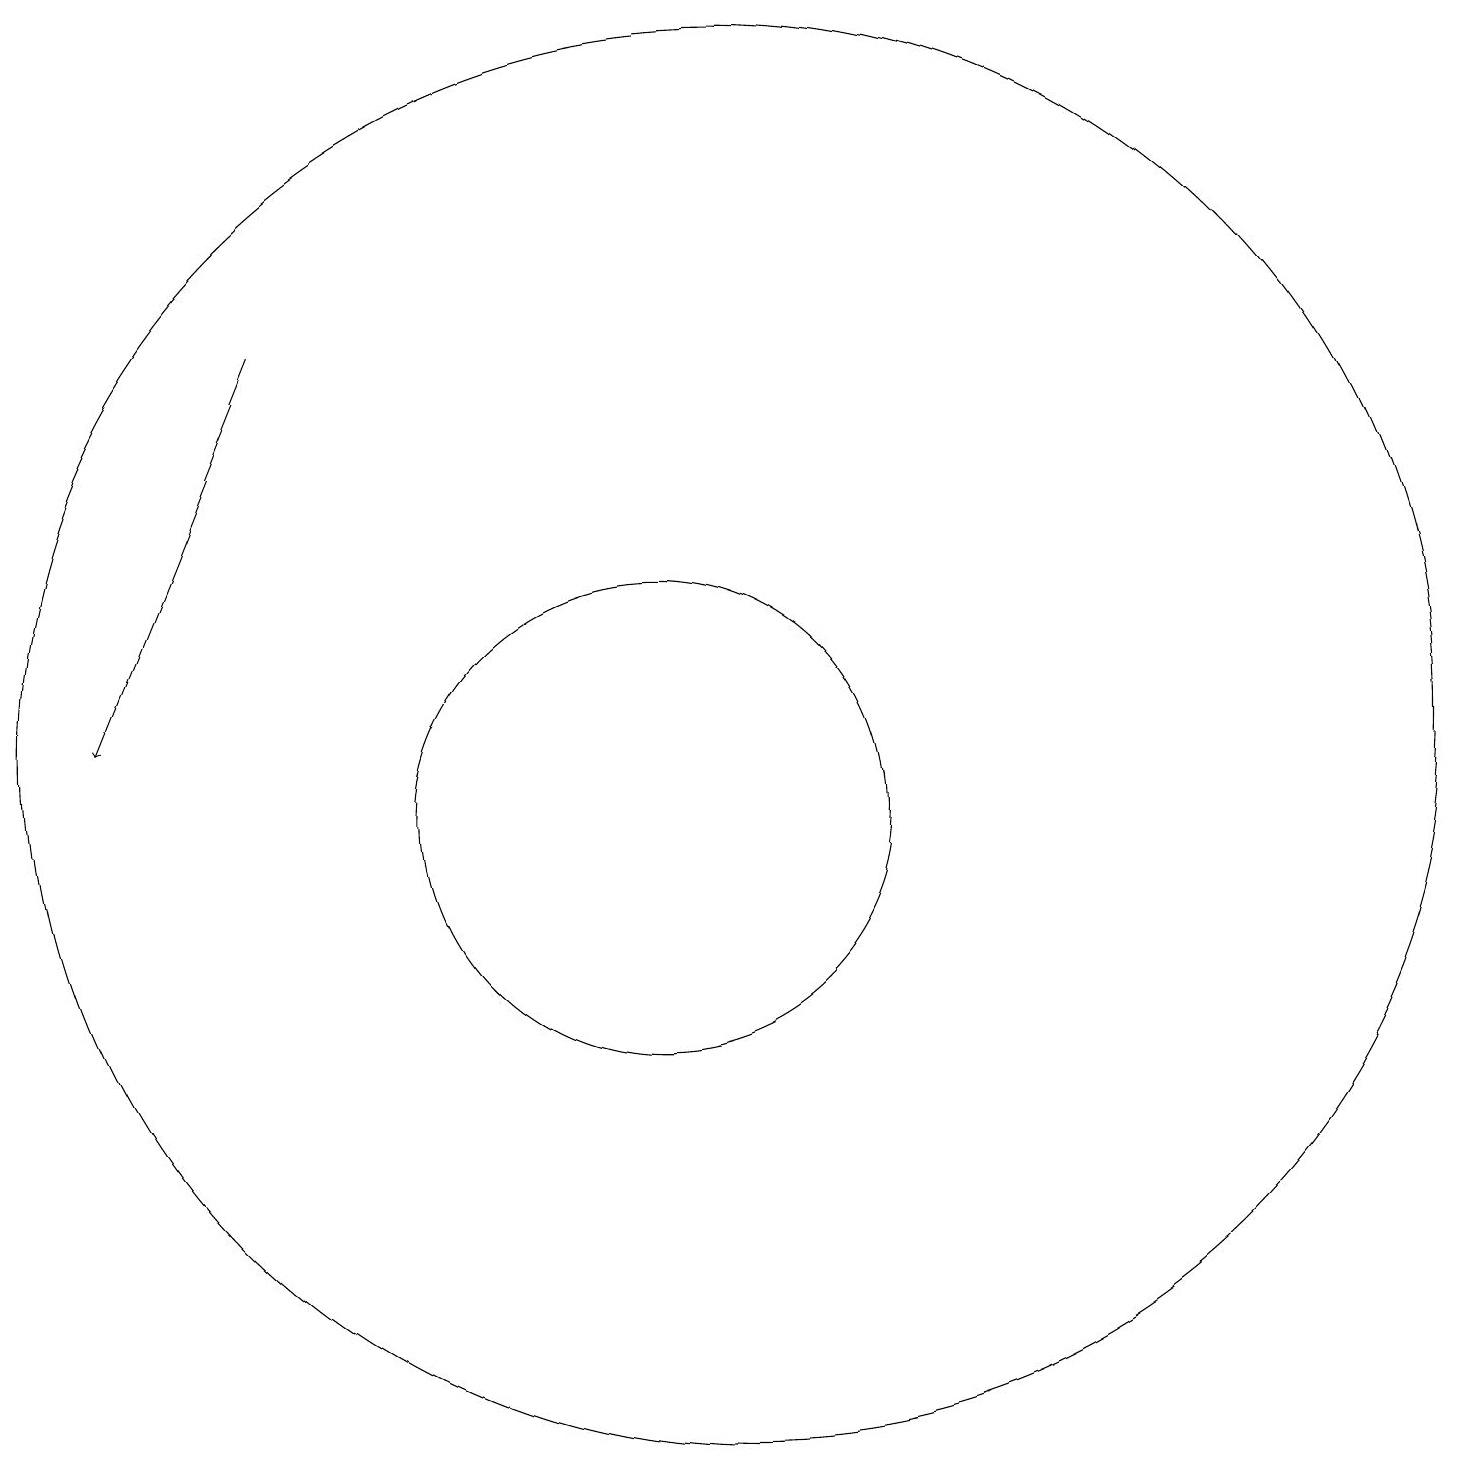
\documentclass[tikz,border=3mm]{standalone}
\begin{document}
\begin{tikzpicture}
\draw (11,11) circle (3);
\draw (12,12) circle (9);
\draw[->] (6,17) -- (4,12);
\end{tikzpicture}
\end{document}